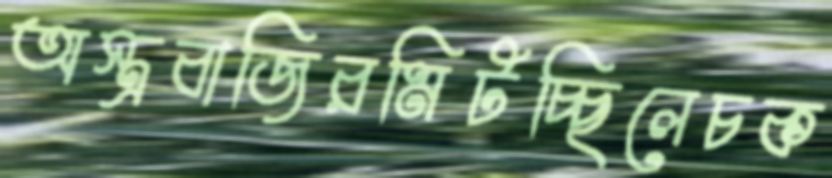
অস্ত্রবাজিরমিটচ্ছিলেচক